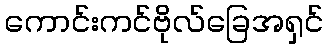
ကောင်းကင်ဗိုလ်ခြေအရှင်